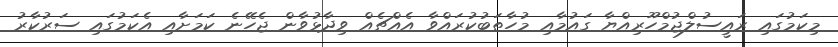
މިކަމުގައި ރައީސުލްޖުމްހޫރިއްޔާ ގައުމާއި މުހާތަބުކުރައްވާ އެއްޗެއް ވިދާޅުވާން ޖެހޭނެ ކަމަށާއި އެކަމުގައި ސަރުކާރު